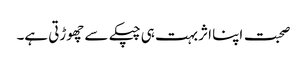
صحبت اپنا اثر بہت ہی چپکے سے چھوڑتی ہے۔